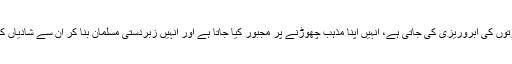
مسیحی عورتوں کی آبروریزی کی جاتی ہے، اُنہیں اپنا مذہب چھوڑنے پر مجبور کیا جاتا ہے اور اُنہیں زبردستی مسلمان بنا کر اُن سے شادیاں کی جاتی ہیں۔